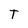
Character: T